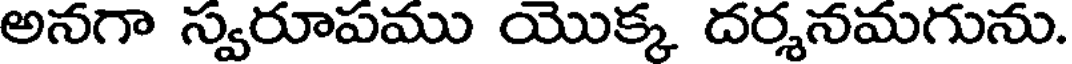
అనగా స్వరూపము యొక్క దర్శనమగును.